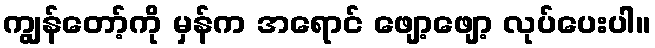
ကျွန်တော့်ကို မှန်က အရောင် ဖျော့ဖျော့ လုပ်ပေးပါ။